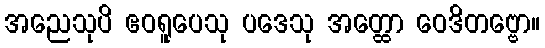
အညေသုပိ ဧဝရူပေသု ပဒေသု အတ္ထော ဝေဒိတဗ္ဗော။